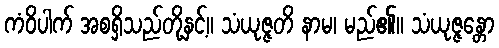
ကံဝိပါက် အစရှိသည်တို့နှင့်။ သံယုဇ္ဇတိ နာမ၊ မည်၏။ သံယုဇ္ဇန္တော